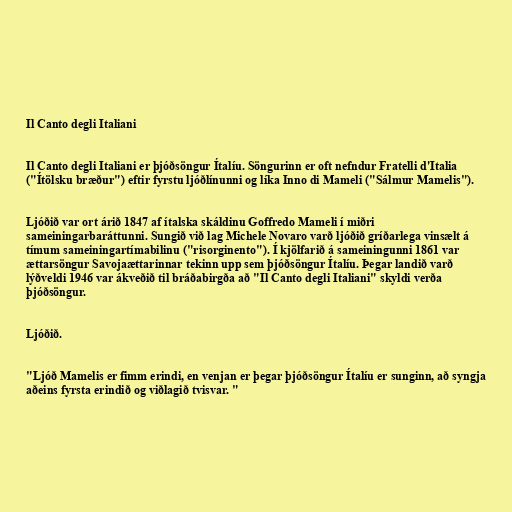
Il Canto degli Italiani

Il Canto degli Italiani er þjóðsöngur Ítalíu. Söngurinn er oft nefndur Fratelli d'Italia
("Ítölsku bræður") eftir fyrstu ljóðlínunni og líka Inno di Mameli ("Sálmur Mamelis").

Ljóðið var ort árið 1847 af ítalska skáldinu Goffredo Mameli í miðri
sameiningarbaráttunni. Sungið við lag Michele Novaro varð ljóðið gríðarlega vinsælt á
tímum sameiningartímabilinu ("risorginento"). Í kjölfarið á sameiningunni 1861 var
ættarsöngur Savojaættarinnar tekinn upp sem þjóðsöngur Ítalíu. Þegar landið varð
lýðveldi 1946 var ákveðið til bráðabirgða að "Il Canto degli Italiani" skyldi verða
þjóðsöngur.

Ljóðið.

"Ljóð Mamelis er fimm erindi, en venjan er þegar þjóðsöngur Ítalíu er sunginn, að syngja
aðeins fyrsta erindið og viðlagið tvisvar. "